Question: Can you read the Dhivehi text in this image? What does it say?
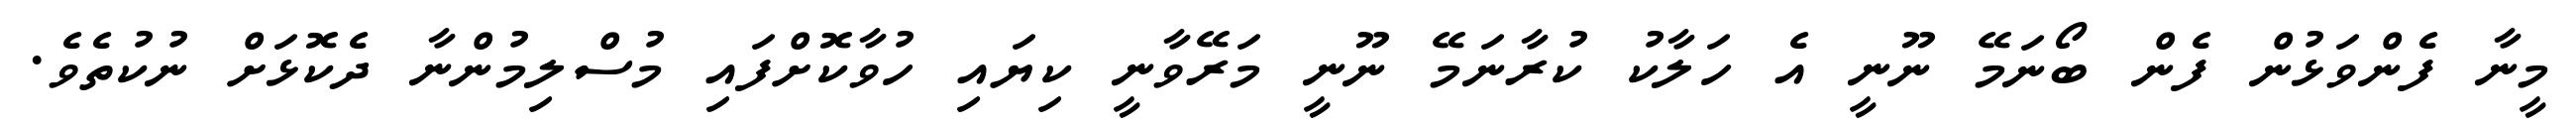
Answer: މީނާ ފެންވަޅުން ފެން ބޯނަމޭ ނޫނީ އެ ހަލާކު ކުރާނަމޭ ނޫނީ މަރޭވާނީ ކިޔައި ހުވާކޮށްފައި މުސްލިމުންނާ ދެކޮޅަށް ނުކުތެވެ.